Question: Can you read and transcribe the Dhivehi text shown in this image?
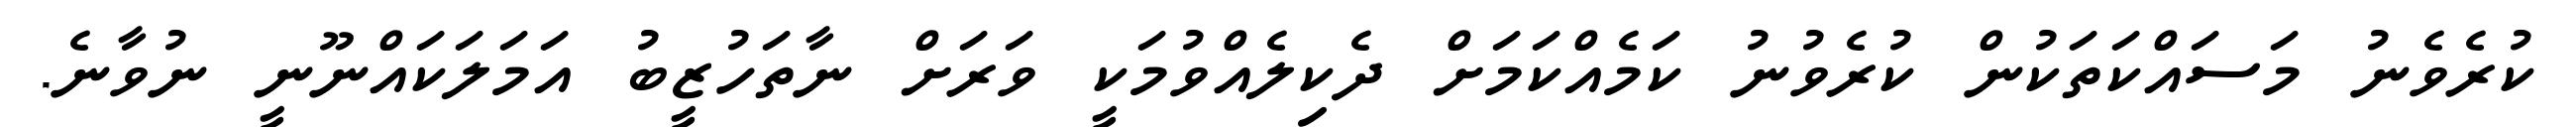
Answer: ކުރެވެނު މަސައްކަތަކުން ކުރެވުނު ކަމެއްކަމަށް ދެކިލެއްވުމަކީ ވަރަށް ނާތަހުޒީބު އަމަލަކައްނޫނީ ނުވާނެ.